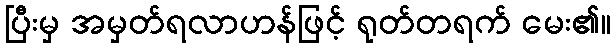
ပြီးမှ အမှတ်ရလာဟန်ဖြင့် ရုတ်တရက် မေး၏။